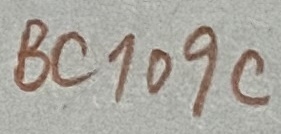
Text: BC109C